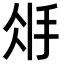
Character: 𢪽